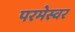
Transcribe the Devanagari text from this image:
परमेस्वर